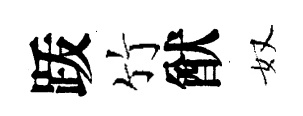
䟦竹猷奴